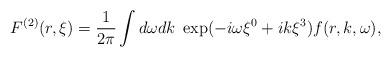
LaTeX: \begin{align*}F^{(2)}(r,\xi) = \frac{1}{2\pi} \int d\omega dk \; \exp(-i\omega \xi^0 + ik\xi^3) f(r,k,\omega),\end{align*}